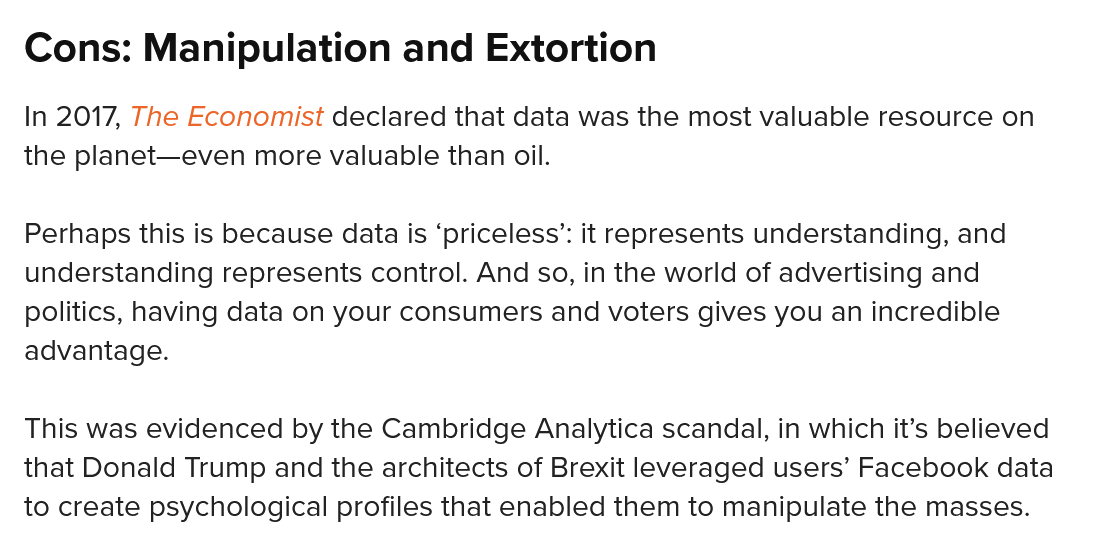
Cons:   Manipulation    and   Extortion
  In 2017, The Economist declared that data was the most valuable resource on
  the planet—even more valuable than oil.
  Perhaps this is because data is ‘priceless’: it represents understanding, and
  understanding represents control. And so, in the world of advertising and
  politics, having data on your consumers and voters gives you an incredible
  advantage.
  This was evidenced by the Cambridge Analytica scandal, in which it’s believed
  that Donald Trump and the architects of Brexit leveraged users’ Facebook data
  to create psychological profiles that enabled them to manipulate the masses.